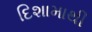
દિશામાથી